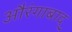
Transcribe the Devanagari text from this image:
औरंगाबाद्